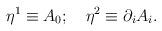
LaTeX: \begin{align*}\eta ^1\equiv A_0;~~~\eta ^2\equiv \partial _i A_i .\end{align*}